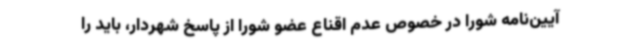
آیین‌نامه شورا در خصوص عدم اقناع عضو شورا از پاسخ شهردار، باید را